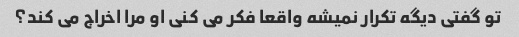
تو گفتی دیگه تکرار نمیشه واقعا فکر می کنی او مرا اخراج می کند؟